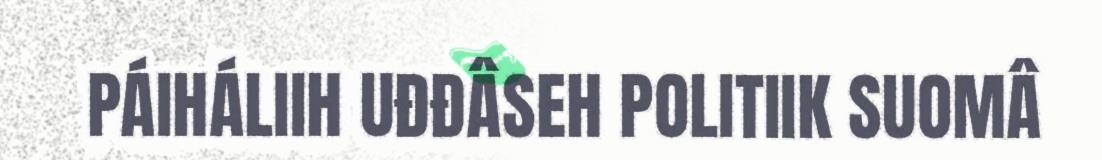
PÁIHÁLIIH UĐĐÂSEH POLITIIK SUOMÂ